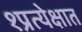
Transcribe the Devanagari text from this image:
१प्रत्येक्षात